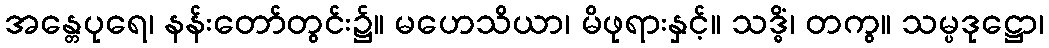
အန္တေပုရေ၊ နန်းတော်တွင်း၌။ မဟေသိယာ၊ မိဖုရားနှင့်။ သဒ္ဓိံ၊ တကွ။ သမ္ပဒုဋ္ဌော၊